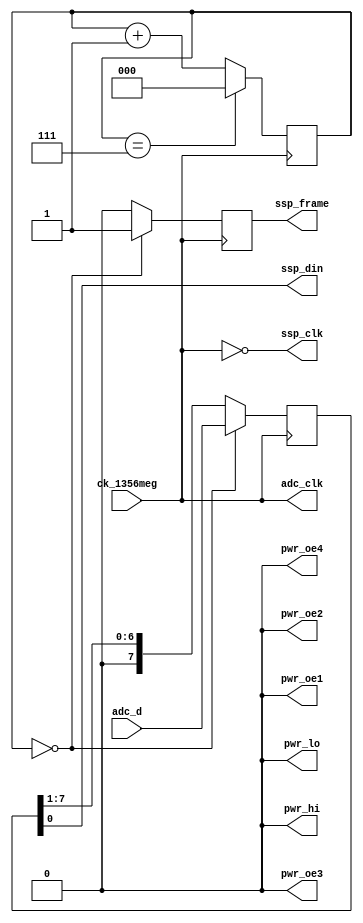
module hi_sniffer(
    ck_1356meg,
    pwr_lo, pwr_hi, pwr_oe1, pwr_oe2, pwr_oe3, pwr_oe4,
    adc_d, adc_clk,
    ssp_frame, ssp_din, ssp_clk
);
    input ck_1356meg;
    output pwr_lo, pwr_hi, pwr_oe1, pwr_oe2, pwr_oe3, pwr_oe4;
    input [7:0] adc_d;
    output adc_clk;
    output ssp_frame, ssp_din, ssp_clk;

// We are only snooping, all off.
assign pwr_hi  = 1'b0;
assign pwr_lo  = 1'b0;
assign pwr_oe1 = 1'b0;
assign pwr_oe2 = 1'b0;
assign pwr_oe3 = 1'b0;
assign pwr_oe4 = 1'b0;

reg ssp_frame;
reg [7:0] adc_d_out = 8'd0;
reg [2:0] ssp_cnt = 3'd0;

assign adc_clk = ck_1356meg;
assign ssp_clk = ~ck_1356meg;

always @(posedge ssp_clk)
begin
    if(ssp_cnt[2:0] == 3'd7)
        ssp_cnt[2:0] <= 3'd0;
    else
        ssp_cnt <= ssp_cnt + 1;

    if(ssp_cnt[2:0] == 3'b000) // set frame length
        begin
            adc_d_out[7:0] <= adc_d;
            ssp_frame <= 1'b1;
        end
    else
        begin
            adc_d_out[7:0] <= {1'b0, adc_d_out[7:1]};
            ssp_frame <= 1'b0;
        end

end

assign ssp_din = adc_d_out[0];

endmodule